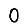
Digit: 0